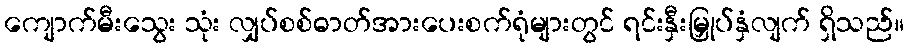
ကျောက်မီးသွေး သုံး လျှပ်စစ်ဓာတ်အားပေးစက်ရုံများတွင် ရင်းနှီးမြှုပ်နှံလျက် ရှိသည်။